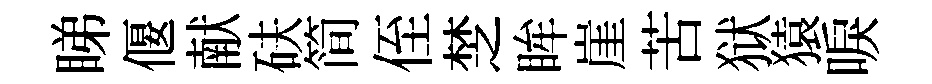
睇偃献砆简侄椘眸崖苦狱猿唳